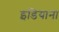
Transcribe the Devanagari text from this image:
इडियाना